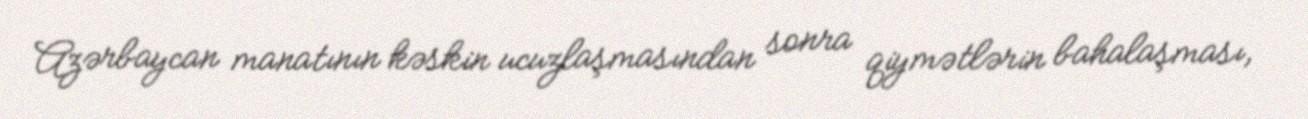
Azərbaycan manatının kəskin ucuzlaşmasından sonra qiymətlərin bahalaşması,